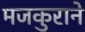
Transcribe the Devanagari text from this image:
मजकुराने